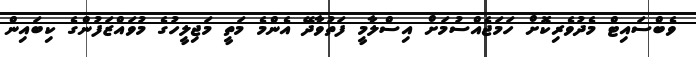
ވެބްސައިޓް މެދުވެރިކޮށް ހަމަޖެއްސުމަށް އިސްލާމީ ފަތުވާދޭ އެންމެ މަތީ މަޖިލީހުގެ މުވައްޒަފުންގެ ކިބައިން